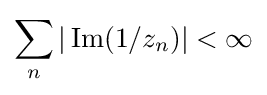
\sum _{n}|\operatorname {Im} (1/z_{n})|<\infty